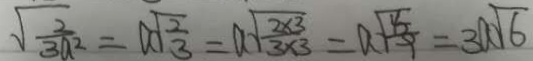
\sqrt { \frac { 2 } { 3 a ^ { 2 } } } = a \sqrt { \frac { 2 } { 3 } } = ( a \sqrt { \frac { 2 \times 3 } { 3 \times 3 } } = a \sqrt { \frac { 8 } { 9 } } = 3 a \sqrt { 6 }